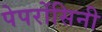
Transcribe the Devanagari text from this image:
पेपरोंसिनी